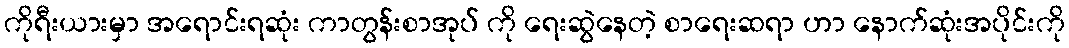
ကိုရီးယားမှာ အရောင်းရဆုံး ကာတွန်းစာအုပ် ကို ရေးဆွဲနေတဲ့ စာရေးဆရာ ဟာ နောက်ဆုံးအပိုင်းကို